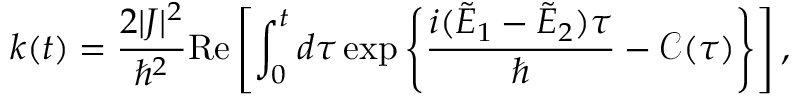
k ( t ) = \frac { 2 | J | ^ { 2 } } { \hbar ^ { 2 } } \mathrm { R e } \left[ \int _ { 0 } ^ { t } d \tau \exp \left\{ \frac { i ( \tilde { E } _ { 1 } - \tilde { E } _ { 2 } ) \tau } { \hbar } - { \mathcal C } ( \tau ) \right\} \right] ,